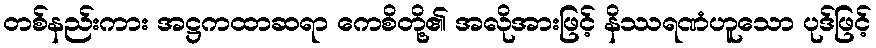
တစ်နည်းကား အဋ္ဌကထာဆရာ ကေစိတို့၏ အလိုအားဖြင့် နိဿရဏံဟူသော ပုဒ်ဖြင့်